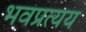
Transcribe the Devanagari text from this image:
भवप्रत्यय